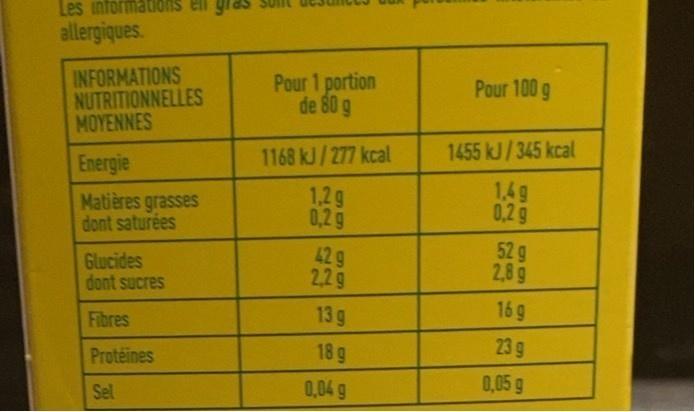
Les informations
allergiques.
INFORMATIONS NUTRITIONNELLES ΜΟΥΕΝNES
Pour 1 portion de 80 g
Pour 100 g
Energie
1168 kJ/277 kcal
1455 kJ/345 kcal
Matières grasses dont saturées
1,2g 0,2g
1,4g 0,2g
Glucides dont sucres
42g 2,2g
52 g 2,8 g
Fibres
13 g
16 g
Proteines
18g
23 g
Sel
0,04 g
0,05 g
1506
56
50
1506
186